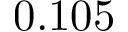
0 . 1 0 5